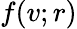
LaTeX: f(v;r)